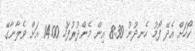
ކޯހަށް އެދޭ ފޯމު ހެނދުނު 8:30 އިން މެންދުރުފަހު 14.00 އަށް ވެލާނާގޭ